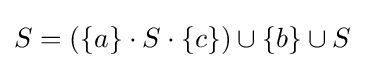
S=(\{a\}\cdot S\cdot \{c\})\cup \{b\}\cup S